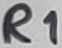
Text: R1